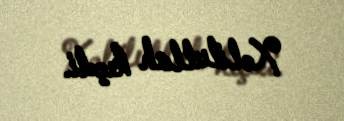
Xəlilullah keçdi.